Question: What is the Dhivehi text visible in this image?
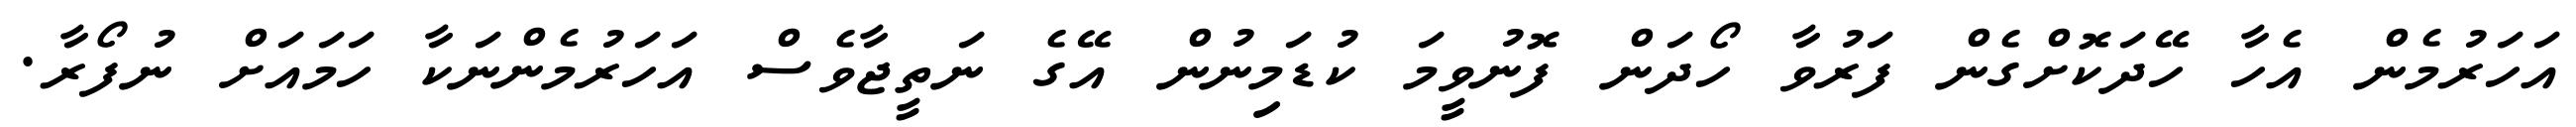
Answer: އަހަރުމެން އެހާ ހޭދަކޮށްގެން ފަރުވާ ހޯދަން ފޮނުވީމަ ކުޑަމިނުން އޭގެ ނަތީޖާވެސް އަހަރުމެންނަކާ ހަމައަށް ނުފޯރާ.